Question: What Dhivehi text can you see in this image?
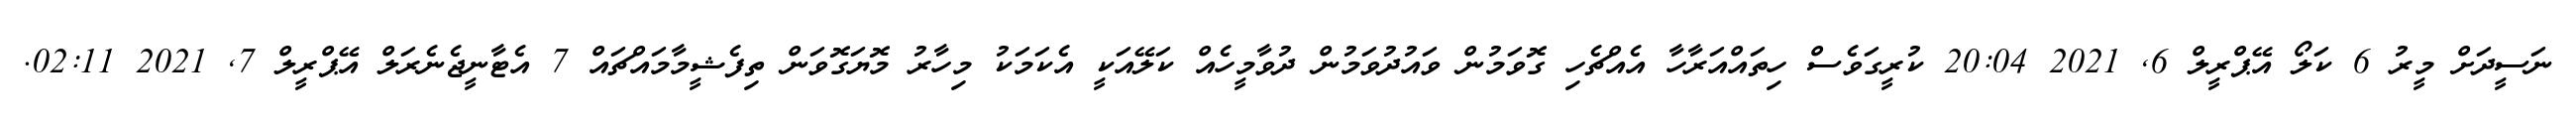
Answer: ނަސީދަށް މީރު 6 ކަލޯ އޭޕްރީލް 6, 2021 20:04 ކުރީގަވެސް ހިތައްއަރާހާ އެއްޗެހި ގޮވަމުން ވައުދުވަމުން ދުވާމީހެއް ކަލޭއަކީ އެކަމަކު މިހާރު މޮޔަގޮވަން ތިފެޝީމާމައްޗައް 7 އެޓާނީޖެނެރަލް އޭޕްރީލް 7, 2021 02:11.